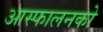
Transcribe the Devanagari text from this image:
आस्फालनको